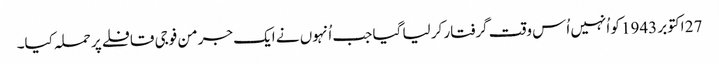
27 اکتوبر 1943 کو اُنہیں اُس وقت گرفتار کر لیا گیا جب اُنہوں نے ایک جرمن فوجی قافلے پر حملہ کیا۔